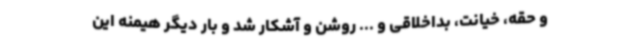
و حقه، خیانت، بداخلاقی و ... روشن و آشکار شد و بار دیگر هیمنه این